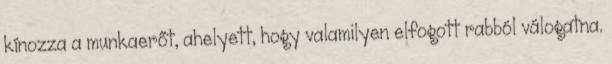
kínozza a munkaerőt, ahelyett, hogy valamilyen elfogott rabból válogatna.